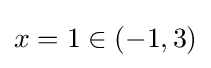
x=1\in (-1,3)